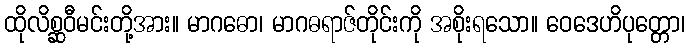
ထိုလိစ္ဆဝီမင်းတို့အား။ မာဂဓော၊ မာဂဓရာဇ်တိုင်းကို အစိုးရသော။ ဝေဒေဟိပုတ္တော၊